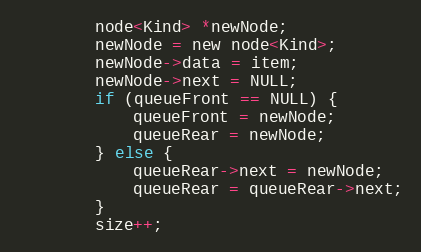
Language: C
        node<Kind> *newNode;
        newNode = new node<Kind>;
        newNode->data = item;
        newNode->next = NULL;
        if (queueFront == NULL) {
            queueFront = newNode;
            queueRear = newNode;
        } else {
            queueRear->next = newNode;
            queueRear = queueRear->next;
        }
        size++;